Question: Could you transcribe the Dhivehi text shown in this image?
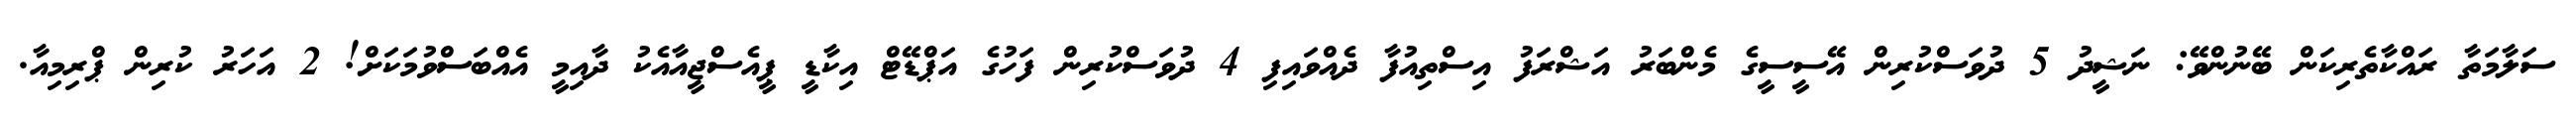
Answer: ސަލާމަތާ ރައްކާތެރިކަން ބޭނުންވޭ: ނަޝީދު 5 ދުވަސްކުރިން އޭސީސީގެ މެންބަރު އަޝްރަފު އިސްތިއުފާ ދެއްވައިފި 4 ދުވަސްކުރިން ފަހުގެ އަޕްޑޭޓް އިކާޑީ ޕީއެސްޖީއާއެކު ދާއިމީ އެއްބަސްވުމަކަށް! 2 އަހަރު ކުރިން ޕްރިމިއާ.